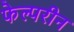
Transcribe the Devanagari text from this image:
फेल्परीन